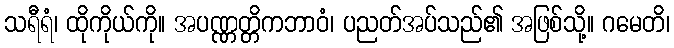
သရီရံ၊ ထိုကိုယ်ကို။ အပဏ္ဏတ္တိကဘာဝံ၊ ပညတ်အပ်သည်၏ အဖြစ်သို့။ ဂမေတိ၊